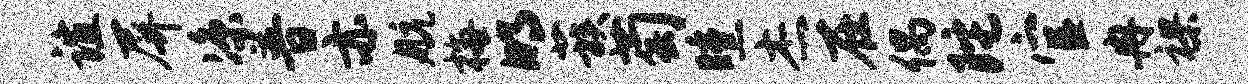
谊屏凉普亦航梅明蔟萄曛杰在偶陀官冉裸